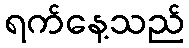
ရက်နေ့သည်